Vaccination in Burma 1920-1933 - 1920-1933
Year: 1920
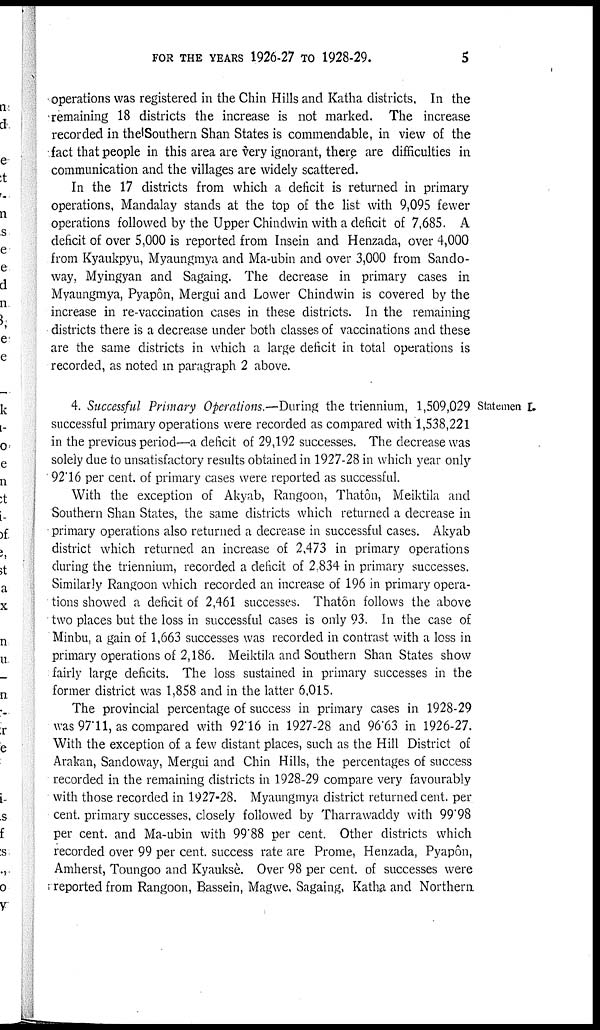
FOR THE YEARS 1926-27 TO 1928-29.
5
operations was registered in the Chin Hills and Katha districts, In the
remaining 18 districts the increase is not marked. The increase
recorded in the Southern Shan States is commendable, in view of the
fact that people in this area are very ignorant, there are difficulties in
communication and the villages are widely scattered.
In the 17 districts from which a deficit is returned in primary
operations, Mandalay stands at the top of the list with 9,095 fewer
operations followed by the Upper Chindwin with a deficit of 7,685. A
deficit of over 5,000 is reported from Insein and Henzada, over 4,000
from Kyaukpyu, Myaungmya and Ma-ubin and over 3,000 from Sando-
way, Myingyan and Sagaing. The decrease in primary cases in
Myaungmya, Pyapôn, Mergui and Lower Chindwin is covered by the
increase in re-vaccination cases in these districts. In the remaining
districts there is a decrease under both classes of vaccinations and these
are the same districts in which a large deficit in total operations is
recorded, as noted in paragraph 2 above.
Statement I.
4. Successful Primary Operations.—During the triennium, 1,509,029
successful primary operations were recorded as compared with 1,538,221
in the previous period—a deficit of 29,192 successes. The decrease was
solely due to unsatisfactory results obtained in 1927-28 in which year only
92.16 per cent. of primary cases were reported as successful.
With the exception of Akyab, Rangoon, Thatôn, Meiktila and
Southern Shan States, the same districts which returned a decrease in
primary operations also returned a decrease in successful cases. Akyab
district which returned an increase of 2,473 in primary operations
during the triennium, recorded a deficit of 2.834 in primary successes.
Similarly Rangoon which recorded an increase of 196 in primary opera-
tions showed a deficit of 2,461 successes. Thatôn follows the above
two places but the loss in successful cases is only 93. In the case of
Minbu, a gain of 1,663 successes was recorded in contrast with a loss in
primary operations of 2,186. Meiktila and Southern Shan States show
fairly large deficits. The loss sustained in primary successes in the
former district was 1,858 and in the latter 6,015.
The provincial percentage of success in primary cases in 1928-29
was 97.11, as compared with 92.16 in 1927-28 and 96.63 in 1926-27.
With the exception of a few distant places, such as the Hill District of
Arakan, Sandoway, Mergui and Chin Hills, the percentages of success
recorded in the remaining districts in 1928-29 compare very favourably
with those recorded in 1927-28. Myaungmya district returned cent. per
cent. primary successes, closely followed by Tharrawaddy with 99.98
per cent. and Ma-ubin with 99.88 per cent. Other districts which
recorded over 99 per cent. success rate are Prome, Henzada, Pyapôn,
Amherst, Toungoo and Kyauksè. Over 98 per cent. of successes were
reported from Rangoon, Bassein, Magwe, Sagaing, Katha and Northern